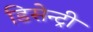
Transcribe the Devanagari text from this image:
डिसेन्ट्री